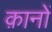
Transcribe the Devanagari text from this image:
क़ानों